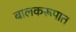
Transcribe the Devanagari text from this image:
बालकरूपात